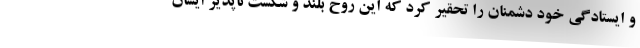
و ایستادگی خود دشمنان را تحقیر کرد که این روح بلند و شکست ناپذیر ایشان